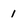
Character: 1